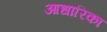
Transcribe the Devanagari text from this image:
आधारिका